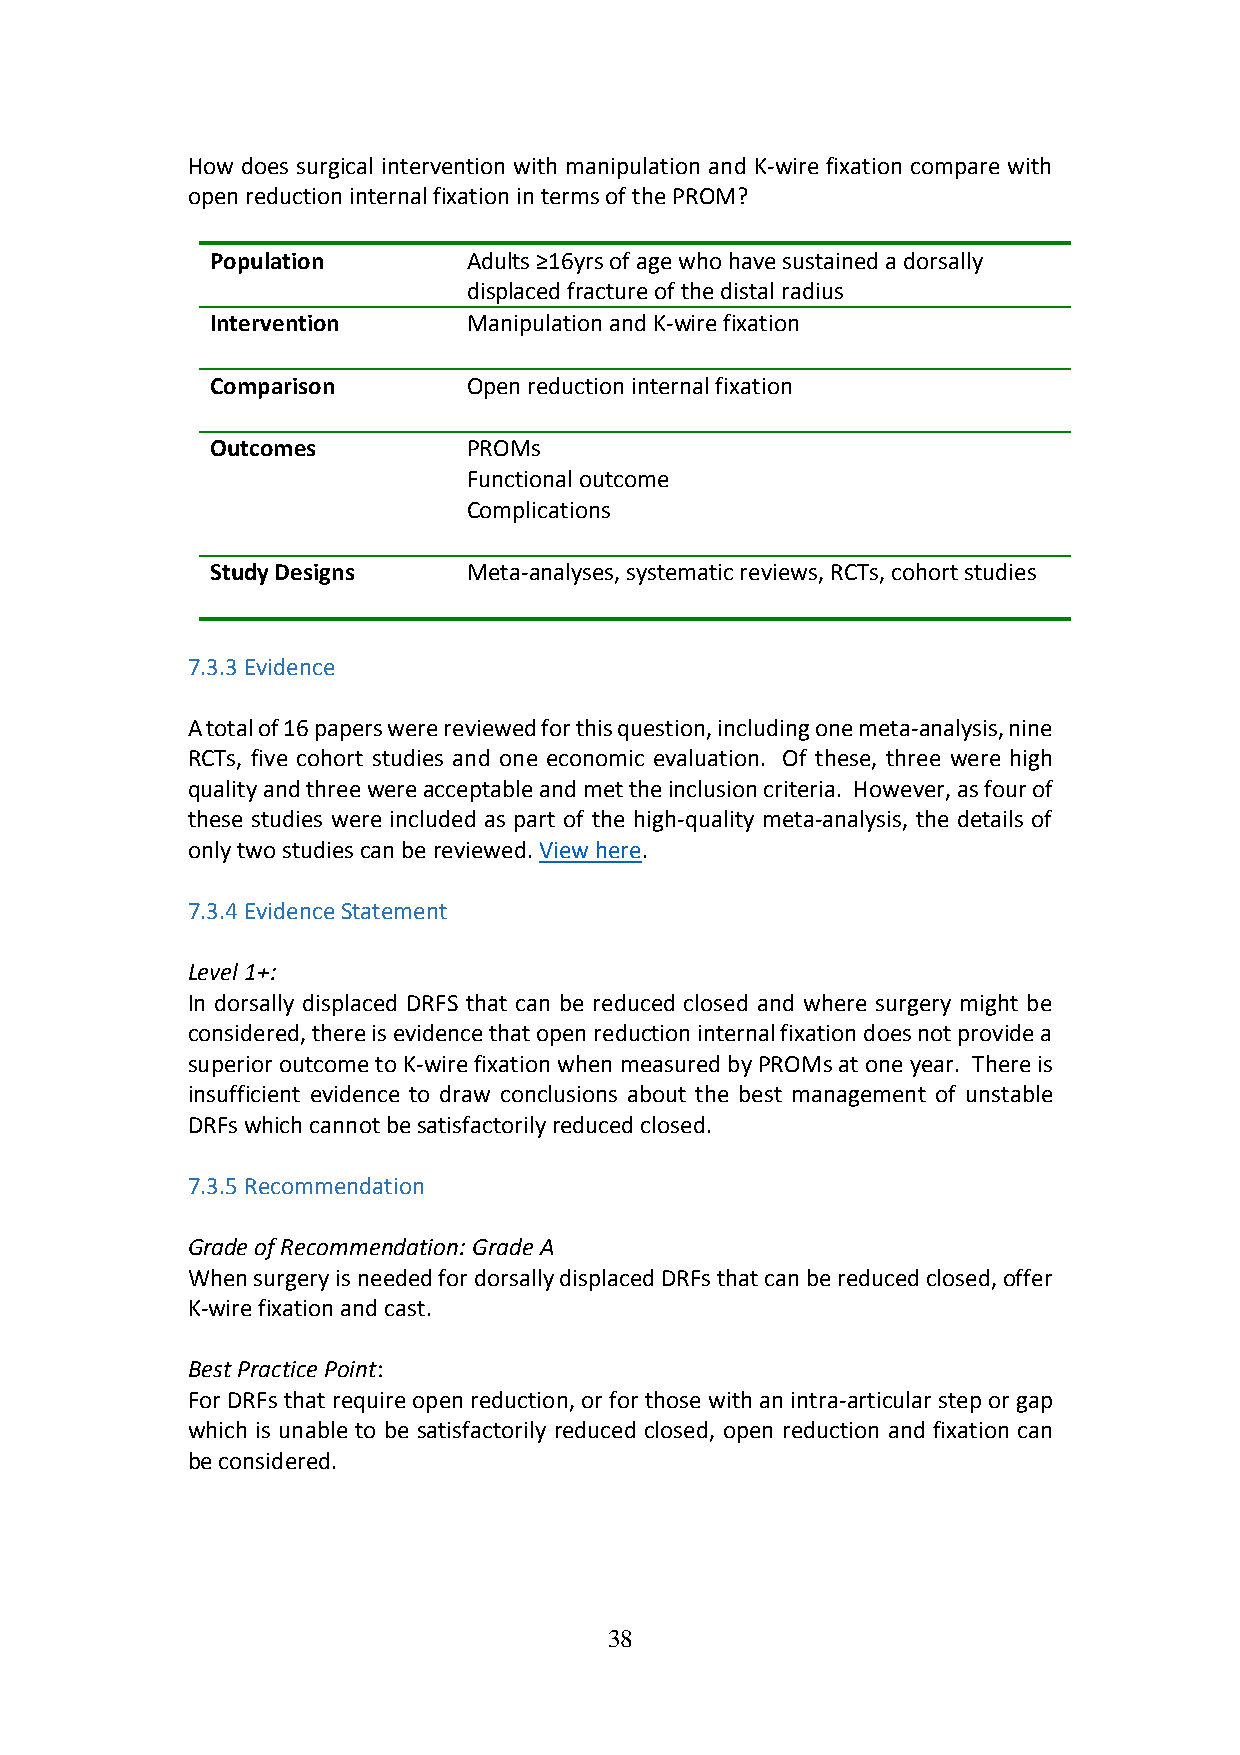
How does surgical intervention with manipulation and K-wire fixation compare with
 open reduction internal fixation in terms of the PROM?
 Population       Adults ≥16yrs of age who have sustained a dorsally
 displaced fracture of the distal radius
 Intervention     Manipulation and K-wire fixation
 Comparison       Open reduction internal fixation
 Outcomes         PROMs
 Functional outcome
 Complications
 Study Designs    Meta-analyses, systematic reviews, RCTs, cohort studies
 7.3.3 Evidence
 A total of 16 papers were reviewed for this question, including one meta-analysis, nine
 RCTs, five cohort studies and one economic evaluation. Of these, three were high
 quality and three were acceptable and met the inclusion criteria. However, as four of
 these studies were included as part of the high-quality meta-analysis, the details of
 only two studies can be reviewed. View here.
 7.3.4 Evidence Statement
 Level 1+:
 In dorsally displaced DRFS that can be reduced closed and where surgery might be
 considered, there is evidence that open reduction internal fixation does not provide a
 superior outcome to K-wire fixation when measured by PROMs at one year. There is
 insufficient evidence to draw conclusions about the best management of unstable
 DRFs which cannot be satisfactorily reduced closed.
 7.3.5 Recommendation
 Grade of Recommendation: Grade A
 When surgery is needed for dorsally displaced DRFs that can be reduced closed, offer
 K-wire fixation and cast.
 Best Practice Point:
 For DRFs that require open reduction, or for those with an intra-articular step or gap
 which is unable to be satisfactorily reduced closed, open reduction and fixation can
 be considered.
 38